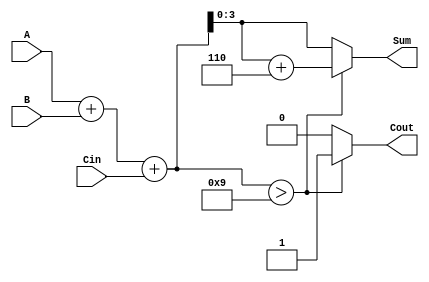
module BCD_Conditional_Adder (
    input [3:0] A,       // First BCD digit
    input [3:0] B,       // Second BCD digit
    input Cin,           // Carry-in
    output reg [3:0] Sum, // BCD Sum
    output reg Cout      // Carry-out
);

// Intermediate wires for the binary sum and the adjustment
wire [4:0] binary_sum; // 5 bits to accommodate for carry
wire [3:0] adjusted_sum;

// Calculate the binary sum of A, B, and Cin
assign binary_sum = A + B + Cin;

// Check if the binary sum exceeds the BCD limit (9)
always @(*) begin
    if (binary_sum > 9) begin
        // If the sum is greater than 9, add 6 to adjust
        Sum = binary_sum + 5'd6; // 5'd6 is used to ensure correct width
        Cout = 1; // Set carry-out
    end else begin
        // If the sum is valid BCD, output it directly
        Sum = binary_sum[3:0];
        Cout = 0; // No carry-out
    end
end

endmodule